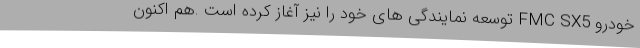
خودرو FMC SX5 توسعه نمایندگی های خود را نیز آغاز کرده است .هم اکنون